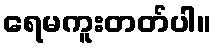
ရေမကူးတတ်ပါ။